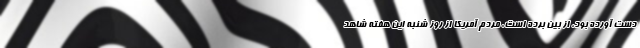
دست آورده بود، از بین برده است. مردم آمریکا از روز شنبه این هفته شاهد